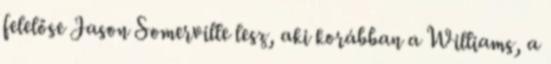
felelőse Jason Somerville lesz, aki korábban a Williams, a